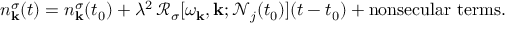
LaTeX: n _ { \mathbf { k } } ^ { \sigma } ( t ) = n _ { \mathbf { k } } ^ { \sigma } ( t _ { 0 } ) + \lambda ^ { 2 } \, \mathcal { R } _ { \sigma } [ \omega _ { \mathbf { k } } , \mathbf { k } ; \mathcal { N } _ { j } ( t _ { 0 } ) ] ( t - t _ { 0 } ) + \mathrm { n o n s e c u l a r ~ t e r m s } .